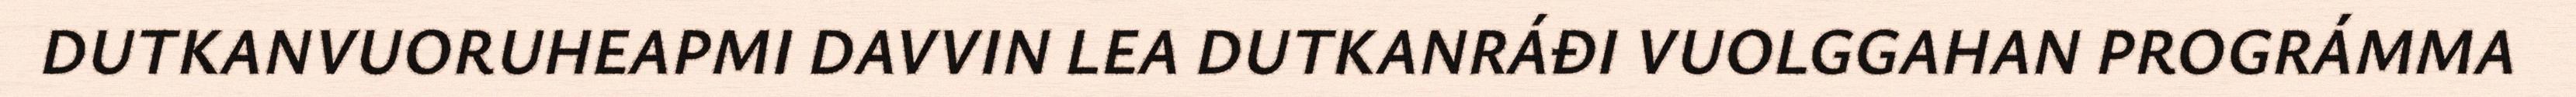
DUTKANVUORUHEAPMI DAVVIN LEA DUTKANRÁĐI VUOLGGAHAN PROGRÁMMA